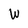
Character: W